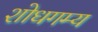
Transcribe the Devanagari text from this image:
शोधगम्‍य